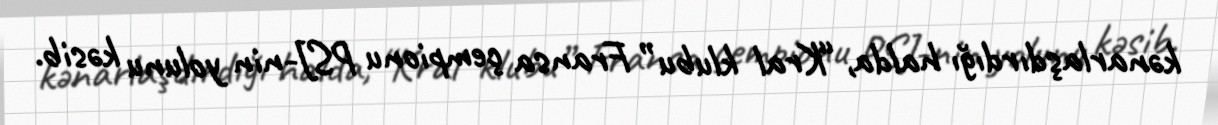
kənarlaşdırdığı halda, “Kral klubu” Fransa çempionu PSJ-nin yolunu kəsib.